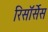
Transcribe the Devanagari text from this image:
रिसॉर्सेस